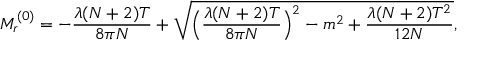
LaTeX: M _ { r } ^ { ( 0 ) } = - \frac { \lambda ( N + 2 ) T } { 8 \pi N } + \sqrt { \Bigl ( \frac { \lambda ( N + 2 ) T } { 8 \pi N } \Bigr ) ^ { 2 } - m ^ { 2 } + \frac { \lambda ( N + 2 ) T ^ { 2 } } { 1 2 N } } ,